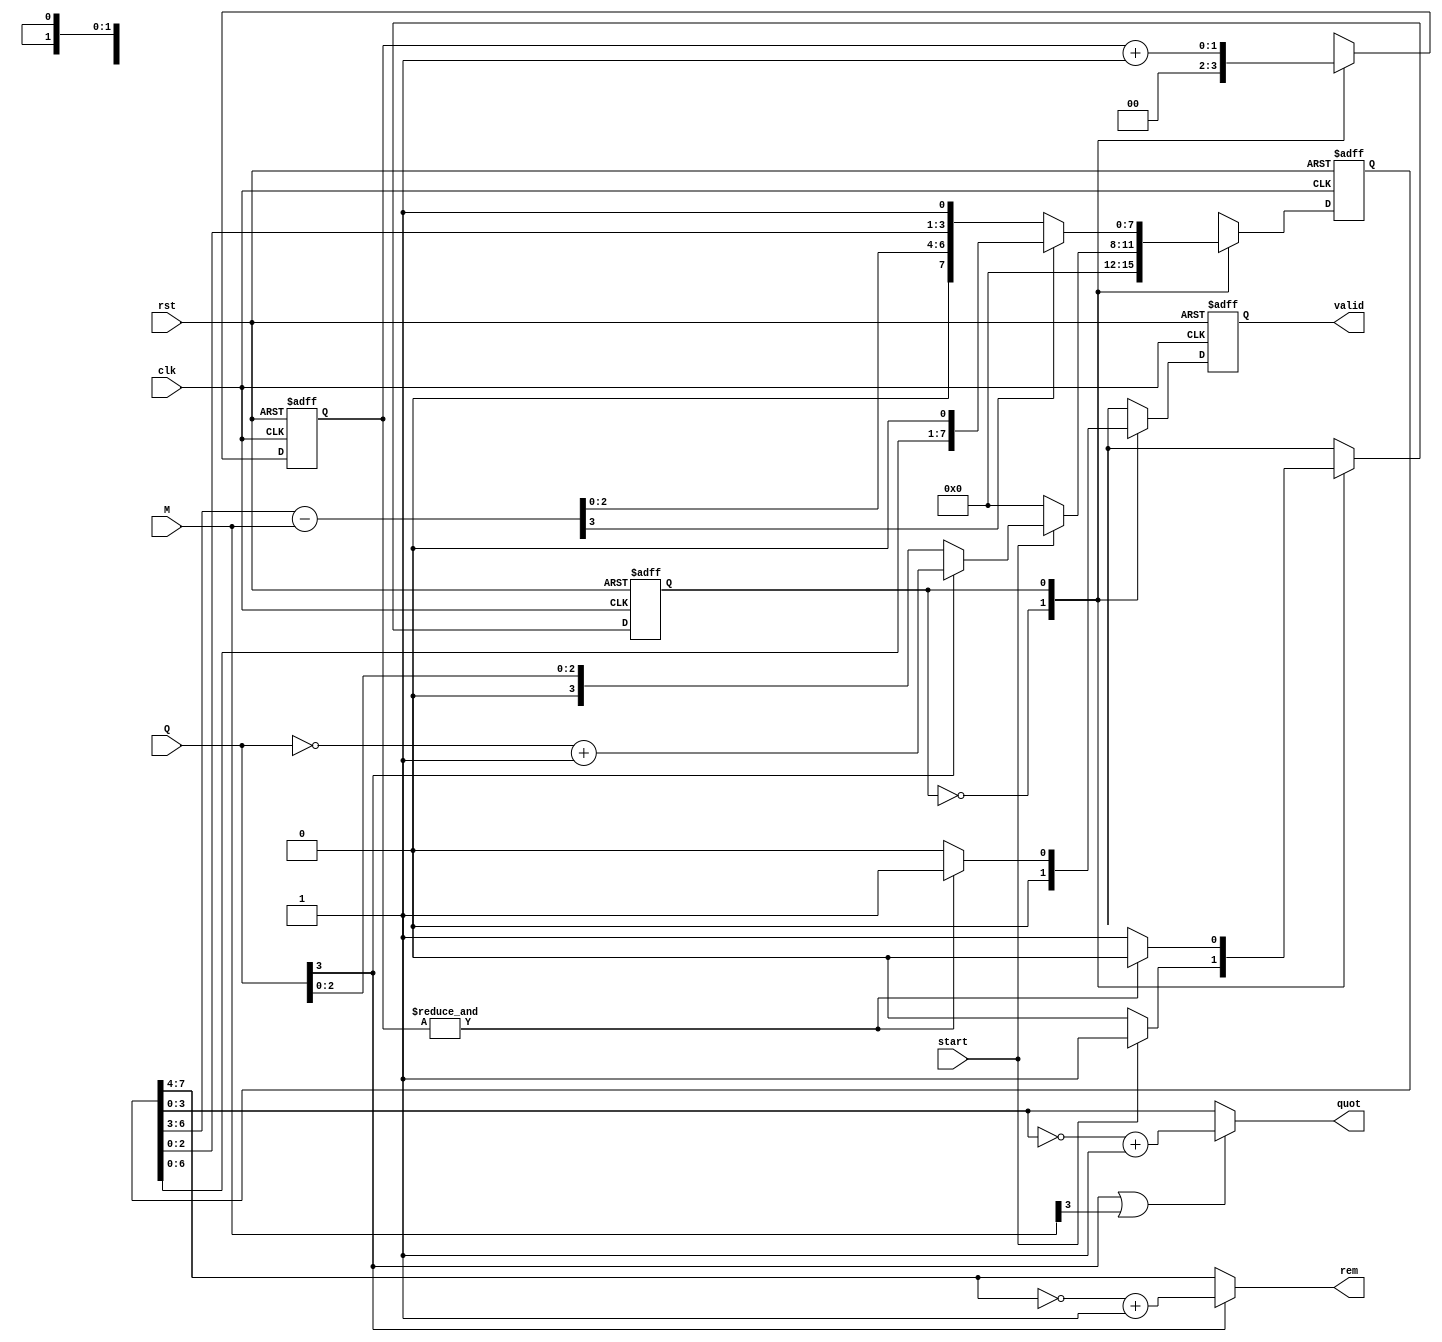
module Rest_div (
    input               clk,
    input               rst,
    input               start,
    input      [3:0]    Q,     // Dividend
    input      [3:0]    M,     // Divisor
    output     [3:0]    quot,  // Quotient
    output     [3:0]    rem,   // Remainder
    output reg          valid
);

    reg [7:0] Z, next_Z, Z_temp, Z_temp1 ;
    reg [3:0] rem_reg , quot_reg , Q_reg;
    reg next_state, pres_state;
    reg [1:0] count, next_count;
    reg  next_valid;

    parameter IDLE = 1'b0;
    parameter START = 1'b1;

    assign rem  = rem_reg;
    assign quot = quot_reg;

    always @(posedge clk or negedge rst) begin
        if (!rst) begin
            Z <= 8'd0;
            valid <= 1'b0;
            pres_state <= IDLE;
            count <= 2'd0;
        end else begin
            Z <= next_Z;
            valid <= next_valid;
            pres_state <= next_state;
            count <= next_count;
        end
    end

    always @(*) begin
        next_state = pres_state;
        next_Z = Z;
        next_valid = 1'b0;
        next_count = count;

        case (pres_state)
            IDLE: begin
                next_count = 2'b0;
                if (start) begin
                    next_state = START;
                    next_Z = {4'd0, Q_reg};
                end else begin
                    next_Z = 8'd0;
                end
            end

            START: begin
                next_count = count + 1'b1;
                Z_temp = Z << 1;
                Z_temp1 = {Z_temp[7:4] - M, Z_temp[3:0]};
                next_Z = Z_temp1[7] ? {Z_temp[7:4], Z_temp[3:1], 1'b0} :
                                      {Z_temp1[7:4], Z_temp[3:1], 1'b1};
                next_valid = (&count) ? 1'b1 : 1'b0;
                next_state = (&count) ? IDLE : START;
            end
        endcase
    end
    
    always @(*) begin
        rem_reg  =  Q[3] ? (~Z[7:4] + 1) : Z[7:4];
        quot_reg = (Q[3] || M[3]) ? (~ Z[3:0] + 1) : Z[3:0];
        Q_reg    =  Q[3] ? (~Q+1) : Q ;
    end
    
endmodule